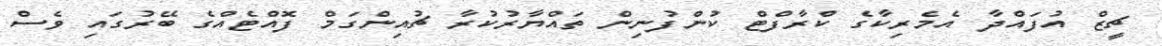
ޗީޒް އުފައްދާ އެމެރިކާގެ ކްރާފްޓް ކުންފުނިން ތައްޔާރުކުރާ ޗުއިންގަމް ފޮއްޓެއްގެ ބޭރުގައި ވެސް